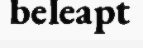
beleapt